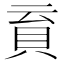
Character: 𧴳